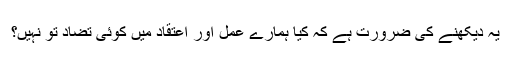
یہ دیکھنے کی ضرورت ہے کہ کیا ہمارے عمل اور اعتقاد میں کوئی تضاد تو نہیں؟